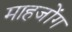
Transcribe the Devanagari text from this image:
माहजोंग